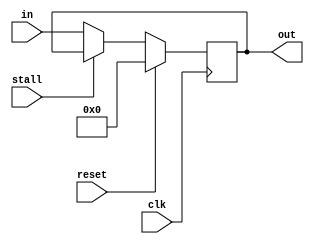
`timescale 1ns / 1ps
//////////////////////////////////////////////////////////////////////////////////
// Company: 
// Engineer: 
// 
// Design Name: 
// Module Name:    flopr 
// Project Name: 
// Target Devices: 
// Tool versions: 
// Description: 
//
// Dependencies: 
//
// Revision: 
// Revision 0.01 - File Created
// Additional Comments: 
//
//////////////////////////////////////////////////////////////////////////////////
module flopr #(parameter WIDTH = 32)
   (input clk, reset, stall,
	input [WIDTH-1:0] in,
	output reg [WIDTH-1:0] out);
	  
	initial begin
	    out <= 0;
	end
	
    always @ (posedge clk) begin
	    if(reset) out <= 0;
	    else if(stall == 0)  out <= in;
	end
	
endmodule